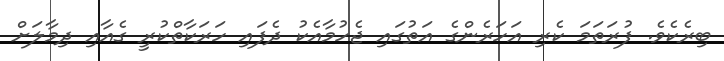
ބިރެކެވެ. ފުރަތަމަ ކެރި އަހަރެންގެ އަތުގައި ޖެހުމާއެކު ދެފައި ހަރަކާތްކުރީ ގެއާއި ދިމާލަށް